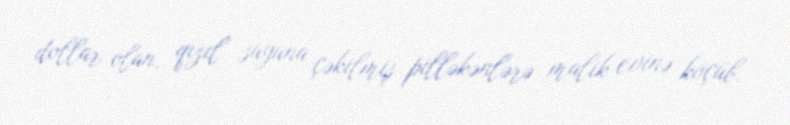
dollar olan, qızıl suyuna çəkilmiş pilləkənlərə malik evinə köçüb.